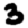
Digit: 3